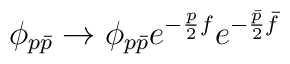
\phi_{p{\bar p}} \rightarrow \phi_{p{\bar p}} e^{-\frac{p}{2}f}e^{-\frac{\bar p}{2} {\bar f}}